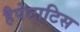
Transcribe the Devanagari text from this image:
हैपेटाटिस